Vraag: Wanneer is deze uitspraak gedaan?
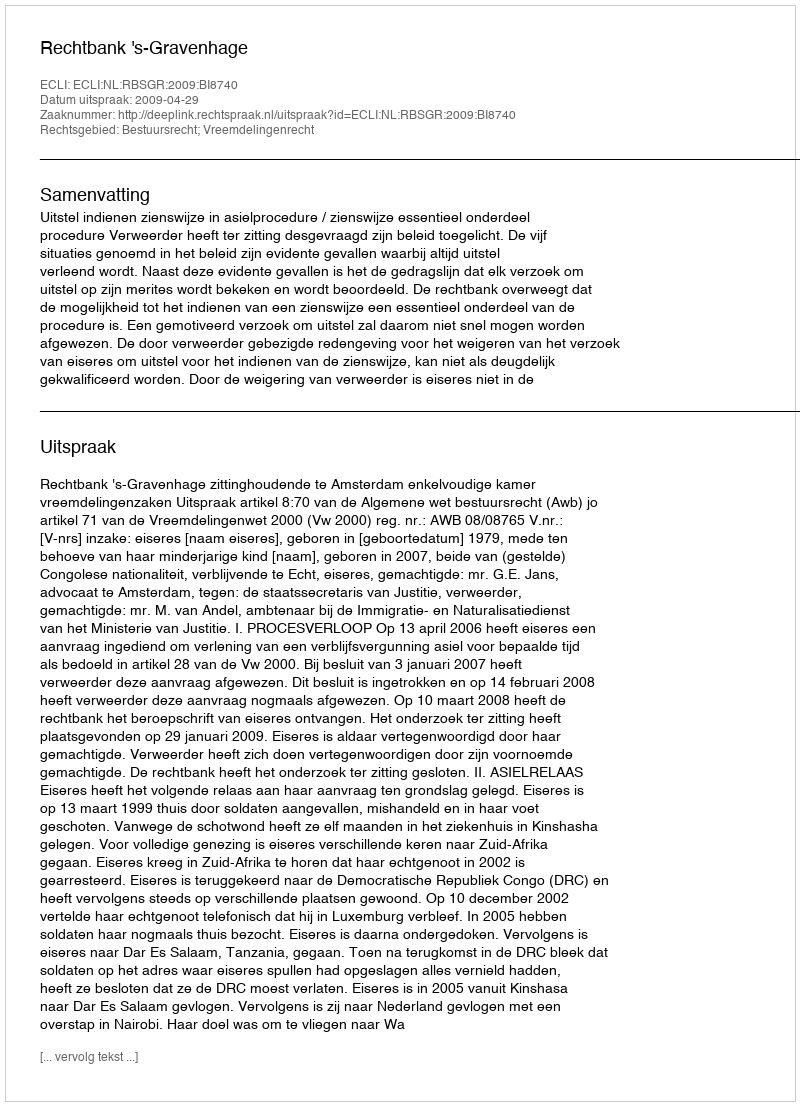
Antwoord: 2009-04-29